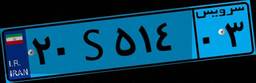
۴۱S۴۲۹۵۵